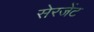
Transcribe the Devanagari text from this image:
सेरजेंट